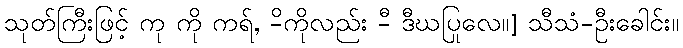
သုတ်ကြီးဖြင့် ကု ကို ကရ်, -ိကိုလည်း -ီ ဒီဃပြုလေ။] သီသံ-ဦးခေါင်း။